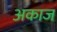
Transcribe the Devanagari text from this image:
अकाज